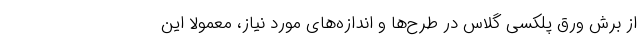
از برش ورق پلکسی گلاس در طرح‌ها و اندازه‌های مورد نیاز، معمولاً این